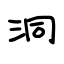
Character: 洞